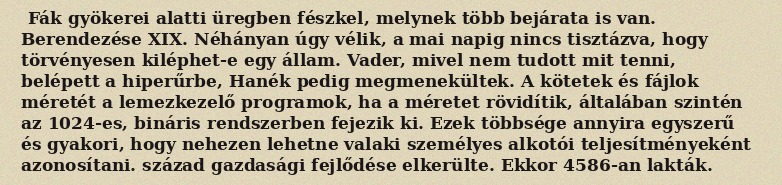
Fák gyökerei alatti üregben fészkel, melynek több bejárata is van. Berendezése XIX. Néhányan úgy vélik, a mai napig nincs tisztázva, hogy törvényesen kiléphet-e egy állam. Vader, mivel nem tudott mit tenni, belépett a hiperűrbe, Hanék pedig megmenekültek. A kötetek és fájlok méretét a lemezkezelő programok, ha a méretet rövidítik, általában szintén az 1024-es, bináris rendszerben fejezik ki. Ezek többsége annyira egyszerű és gyakori, hogy nehezen lehetne valaki személyes alkotói teljesítményeként azonosítani. század gazdasági fejlődése elkerülte. Ekkor 4586-an lakták.